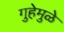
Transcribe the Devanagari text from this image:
गुहेमुळे